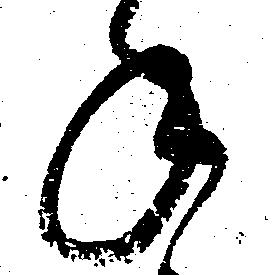
年